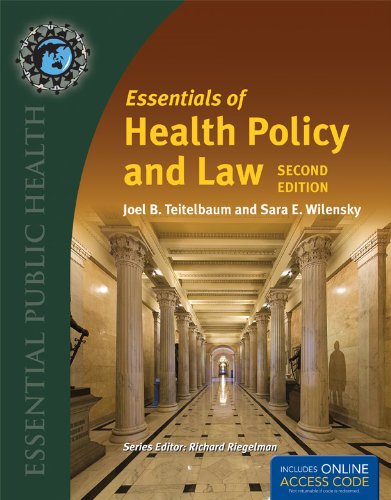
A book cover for Essentials Of Health Policy And Law (Essential Public Health); Joel B. Teitelbaum; Medical Books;